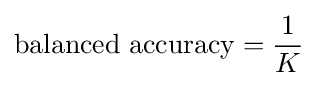
\mathrm {balanced\ accuracy} ={\frac {1}{K}}